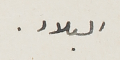
البلاد.